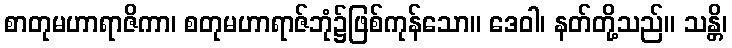
စာတုမဟာရာဇိကာ၊ စတုမဟာရာဇ်ဘုံ၌ဖြစ်ကုန်သော။ ဒေဝါ၊ နတ်တို့သည်။ သန္တိ၊